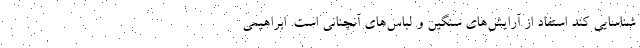
شناسایی کند استفاد از آرایش‌های سنگین و لباس‌های آنچنانی است. ابراهیمی